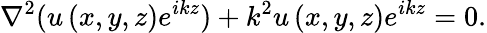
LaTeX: \nabla^{2}(u\left(x,y,z\right)e^{ikz})+k^{2}u\left(x,y,z\right)e^{ikz}=0.